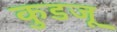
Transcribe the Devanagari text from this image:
कुडजू